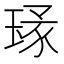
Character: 𱯉